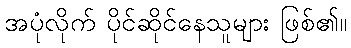
အပုံလိုက် ပိုင်ဆိုင်နေသူများ ဖြစ်၏။